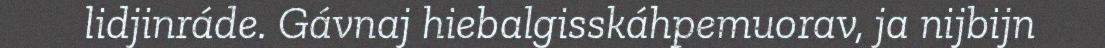
lidjinráde. Gávnaj hiebalgisskáhpemuorav, ja nijbijn